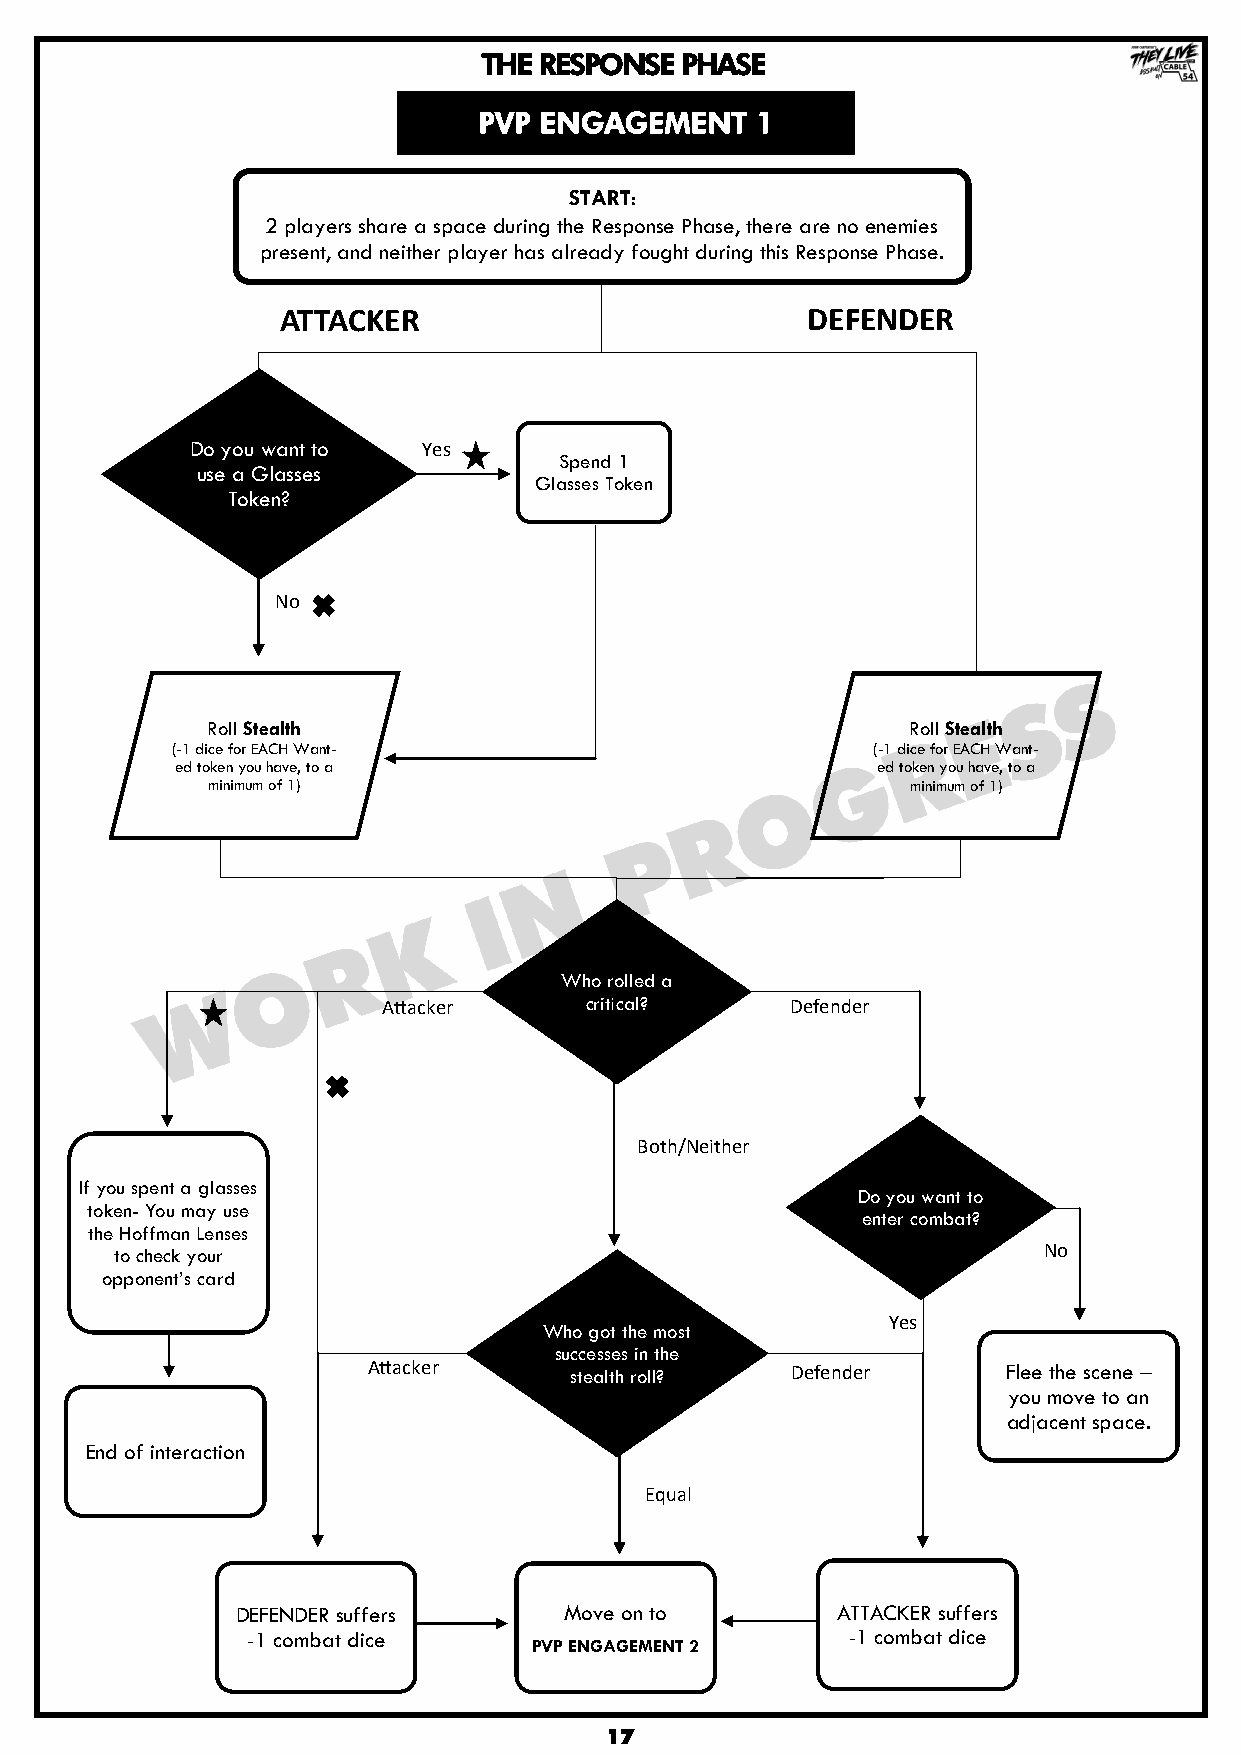
THE RESPONSE PHASE
 PVP ENGAGEMENT    1
 START:
 2 players share a space during the Response Phase, there are no enemies
 present, and neither player has already fought during this Response Phase.
 ATTACKER                          DEFENDER
 Do you want to Yes
 Spend 1
 use a Glasses
 Glasses Token
 Token?
 No
 Roll Stealth                                  Roll Stealth
 (-1 dice for EACH Want-                        (-1 dice for EACH Want-
 ed token you have, to a                       ed token you have, to a
 minimum of 1)                                 minimum of 1)
 Who rolled a
 Attacker      critical?    Defender
 Both/Neither
 If you spent a glasses
 Do you want to
 token- You may use
 enter combat?
 the Hoffman Lenses
 to check your                                                No
 opponent‟s card
 Yes
 Who got the most
 successes in the
 Attacker      stealth roll? Defender       Flee the scene –
 you move to an
 adjacent space.
 End of interaction
 Equal
 DEFENDER suffers     Move on to        ATTACKER suffers
 -1 combat dice                          -1 combat dice
 PVP ENGAGEMENT 2
 17